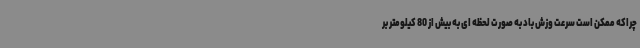
چراکه ممکن است سرعت وزش باد به صورت لحظه ای به بیش از 80 کیلومتر بر